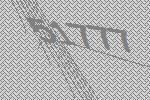
51777